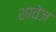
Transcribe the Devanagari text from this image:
शावेज